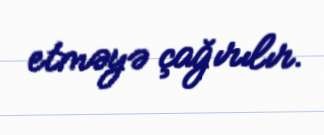
etməyə çağırılır.